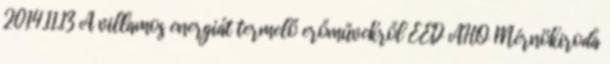
2014.11.13 A villamos energiát termelő erőművekről EED ÁHO Mérnökiroda